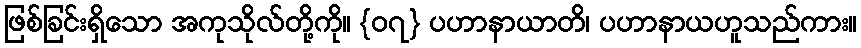
ဖြစ်ခြင်းရှိသော အကုသိုလ်တို့ကို။ {၀၇} ပဟာနာယာတိ၊ ပဟာနာယဟူသည်ကား။